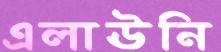
এলাঊনি